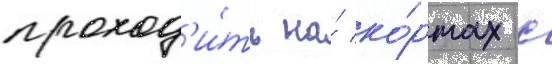
проход'и́ть на́ ко́ртах с